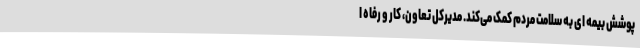
پوشش بیمه ای به سلامت مردم کمک می‌کند. مدیرکل تعاون، کار و رفاه ا